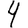
Digit: 4